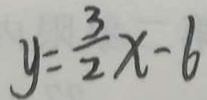
y = \frac { 3 } { 2 } x - 6